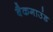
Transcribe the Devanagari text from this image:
बैकगाउंड